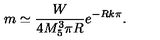
m \simeq \frac { W } { 4 M _ { 5 } ^ { 3 } \pi R } e ^ { - R k \pi } .